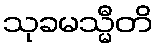
သုခမသ္မီတိ